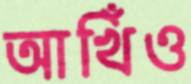
আখিঁও